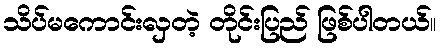
သိပ်မကောင်းလှတဲ့ တိုင်းပြည် ဖြစ်ပါတယ်။